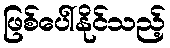
ဖြစ်ပေါ်နိုင်သည့်